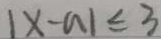
\vert x - a \vert \leq 3